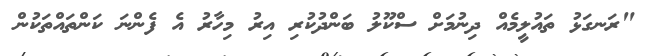
"ރަނގަޅު ތައުލީމެއް ދިނުމަށް ސްކޫލު ބަންދުކުރި އިރު މިހާރު އެ ފެންނަ ކަންތައްތަކުން